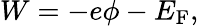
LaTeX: W=-e\phi-E_{\mathrm{{F}}},